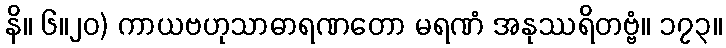
နိ။ ၆။၂၀) ကာယဗဟုသာဓာရဏတော မရဏံ အနုဿရိတဗ္ဗံ။ ၁၇၃။